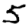
Digit: 5